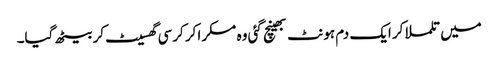
میں تلملا کر ایک دم ہونٹ بھینچ گئی وہ مسکرا کر کرسی گھسیٹ کر بیٹھ گیا۔